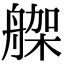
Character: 𦩪